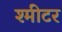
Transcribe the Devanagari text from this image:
श्मीटर